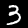
Label: 3